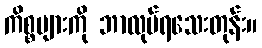
ကိစ္စများကို ဘာလုပ်ရသေးတုန်း။